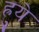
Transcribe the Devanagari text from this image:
ह्रुये